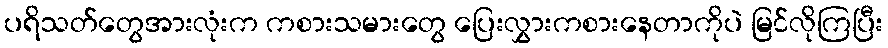
ပရိသတ်တွေအားလုံးက ကစားသမားတွေ ပြေးလွှားကစားနေတာကိုပဲ မြင်လိုကြပြီး